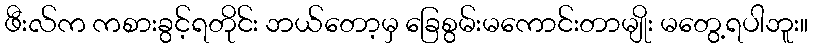
ဖီးလ်က ကစားခွင့်ရတိုင်း ဘယ်တော့မှ ခြေစွမ်းမကောင်းတာမျိုး မတွေ့ရပါဘူး။